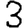
Digit: 3